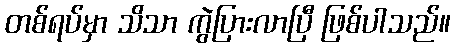
တစ်ရပ်မှာ သိသာ ကွဲပြားလာပြီ ဖြစ်ပါသည်။